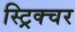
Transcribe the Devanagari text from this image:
स्ट्रिक्चर